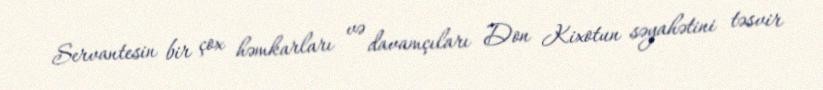
Servantesin bir çox həmkarları və davamçıları Don Kixotun səyahətini təsvir